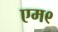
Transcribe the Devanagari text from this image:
एम९